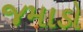
જમાડો